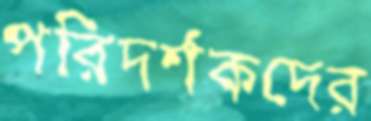
পরিদর্শকদের